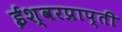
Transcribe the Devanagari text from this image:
ईश्वरप्राप्‍ती